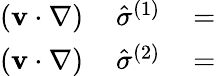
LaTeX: \begin{array}{rlr}{({\mathbf v}\cdot\nabla)\, }&{{}{\hat{\sigma}}^{(1)}}&{\, =}\\ {({\mathbf v}\cdot\nabla)\, }&{{}{\hat{\sigma}}^{(2)}}&{\, =}\end{array}